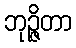
ဘုဉ္ဇိတာ